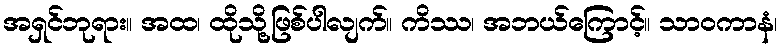
အရှင်ဘုရား။ အထ၊ ထိုသို့ဖြစ်ပါလျက်။ ကိဿ၊ အဘယ်ကြောင့်။ သာဝကာနံ၊